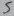
Text: 5